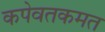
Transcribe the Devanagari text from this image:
कपेवतकमत